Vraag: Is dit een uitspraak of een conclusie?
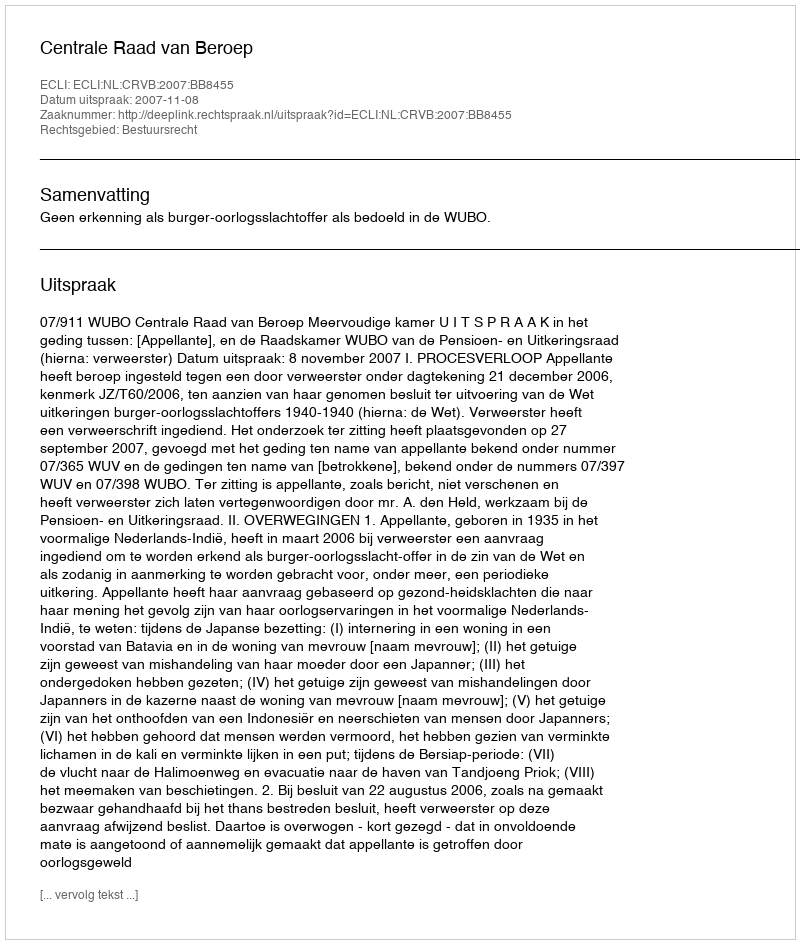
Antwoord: Uitspraak